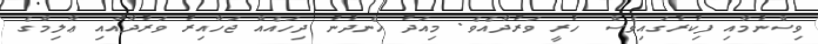
ވިސްނުމާއި ފިކުރުގައިވެސް ހުރީ ވަރުދާއެވެ. މިއަދު ހެނދުނު ދިހައެއް ޖަހާއިރު ވަރުދާއާއި ޢާލިމްގެ